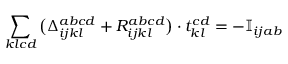
\sum _ { k l c d } \big ( \Delta _ { i j k l } ^ { a b c d } + R _ { i j k l } ^ { a b c d } \big ) \cdot t _ { k l } ^ { c d } = - \mathbb { I } _ { i j a b }